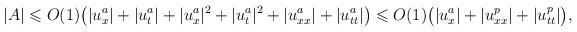
LaTeX: \begin{align*}|A|\leqslant O(1) \big(|u^a_x|+|u^a_t|+|u^a_x|^2+|u^a_t|^2+|u^a_{xx}|+|u^a_{tt}|\big)\leqslant O(1) \big(|u^a_x|+|u^p_{xx}|+|u^p_{tt}|\big),\end{align*}